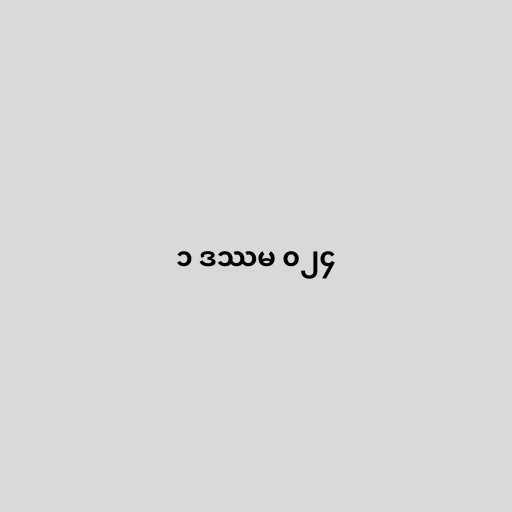
၁ ဒဿမ ၀၂၄